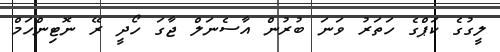
ލީގުގެ ކަޕްގެ ހަތަރު ވަނަ ބުރުން އާސެނަލް ޖާގަ ހޯދީ ރޭ ނޮޓިންހަމް